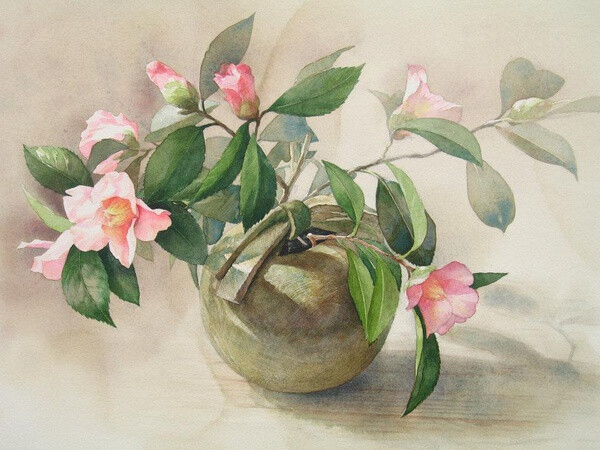
一寸相思千万绪。人间没个安排处。